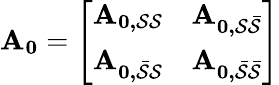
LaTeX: \mathbf{A_{0}}=\left[\begin{array}{ll}{\mathbf{A_{0,\mathcal{S}\mathcal{S}}}}&{\mathbf{A_{0,\mathcal{S}\mathcal{\bar{S}}}}}\\ {\mathbf{A_{0,\mathcal{\bar{S}}\mathcal{S}}}}&{\mathbf{A_{0,\mathcal{\bar{S}}\mathcal{\bar{S}}}}}\end{array}\right]